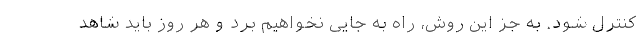
کنترل شود. به جز این روش، راه به جایی نخواهیم برد و هر روز باید شاهد